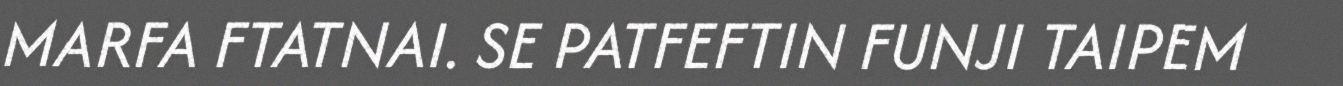
MARFA FTATNAI. SE PATFEFTIN FUNJI TAIPEM